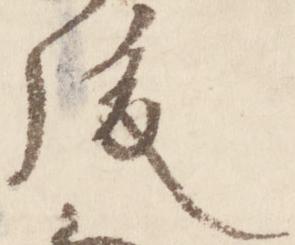
後